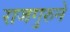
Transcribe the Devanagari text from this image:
राजगुरुने